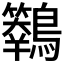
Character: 𪇙